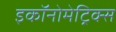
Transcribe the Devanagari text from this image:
इकॉनोमेट्रिक्स